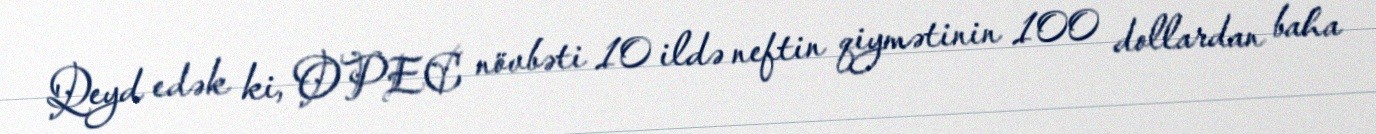
Qeyd edək ki, OPEC növbəti 10 ildə neftin qiymətinin 100 dollardan baha